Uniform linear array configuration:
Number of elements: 24
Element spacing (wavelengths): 0.5
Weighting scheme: hamming
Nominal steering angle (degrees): -15
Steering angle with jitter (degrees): -14.938
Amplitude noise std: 0.05
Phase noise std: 0.05

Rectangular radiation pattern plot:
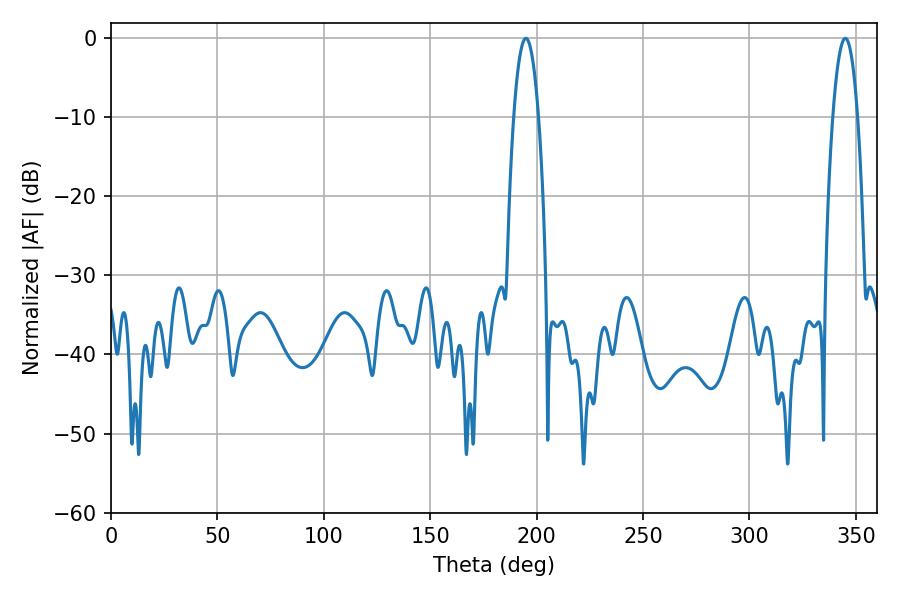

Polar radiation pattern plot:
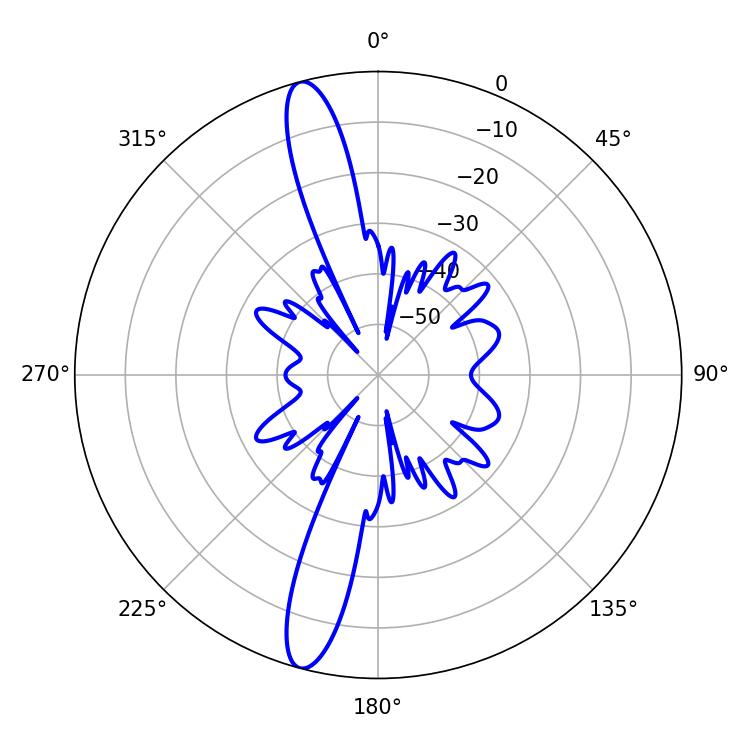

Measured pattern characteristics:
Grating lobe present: FALSE
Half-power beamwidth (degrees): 6.48
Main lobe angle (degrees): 194.94